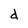
Character: d